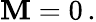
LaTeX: {\textbf{M}}=0\, .